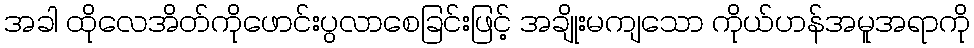
အခါ ထိုလေအိတ်ကိုဖောင်းပွလာစေခြင်းဖြင့် အချိုးမကျသော ကိုယ်ဟန်အမူအရာကို